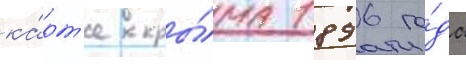
ка́рт'е кры́ма 1896 го́да